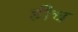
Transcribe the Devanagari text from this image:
हींच